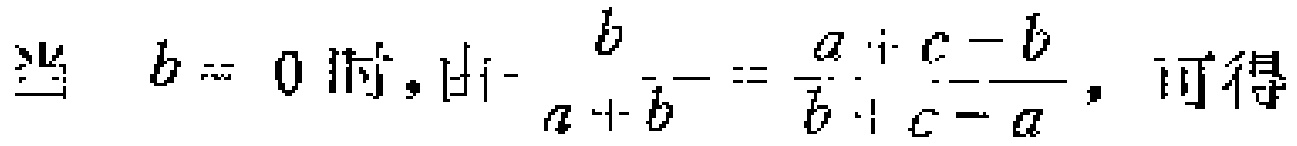
当 \(b = 0\) 时，由 \(\frac{b}{a + b}=\frac{a + c - b}{b + c - a}\)，可得